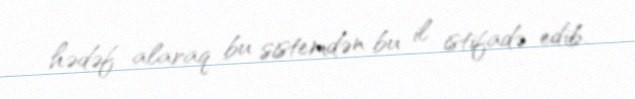
hədəf alaraq bu sistemdən bu il istifadə edib.